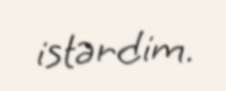
istərdim.